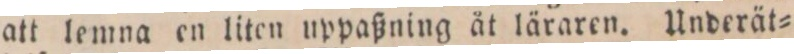
att lemna en liten uppaßning åt läraren. Underät=